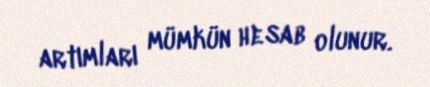
artımları mümkün hesab olunur.